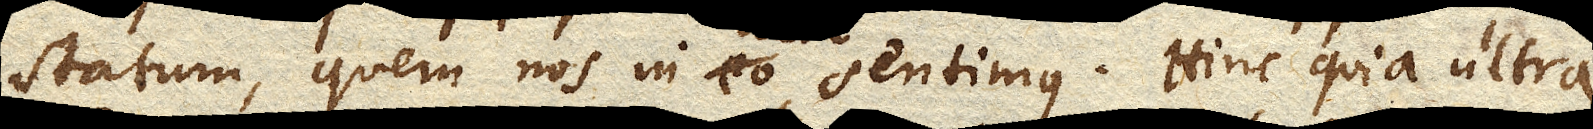
statum, quem nos in sentimus. Hinc quia ultra